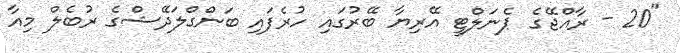
"20 - ރާއްޖޭގެ ޕެނަލްޓީ އޭރިޔާ ބޭރުގައި ހުރެފައި ބަންގްލަދޭޝްގެ ރުބެލް މިއާ